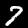
Label: 7